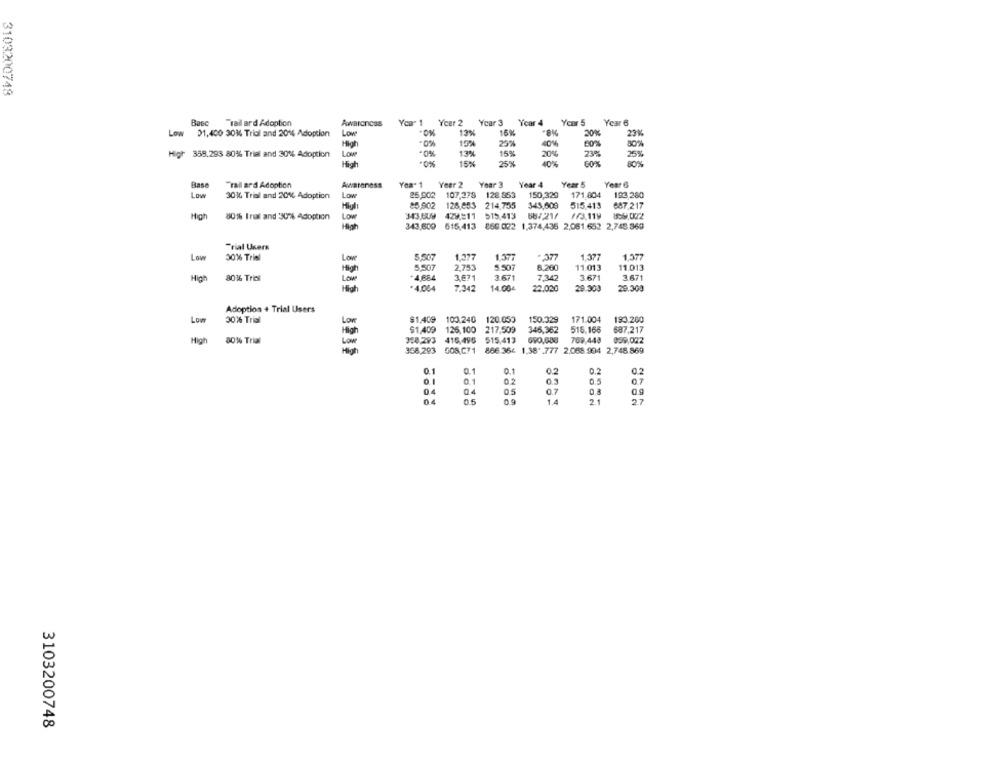
3103200748
Base "vall ard Adoption
Awareness
Yea- 1
Ycer 2
Year 3
Ycar 4
Ycar 5
Year 6
Low 01,400 30% Trial and 2014 Adoption
Low
13%
15%
20%
23%
High
40%
50%
80%
Low
·0%
13%
15%
20%%
73%
25%
High 358,293 80%% Trial and 30% Adoption
High
15%
25%
40%
60%
80%
Trall ard Adoption
Yes" 1
Year 2
Year 3
Year 4
Year 5
Year 6
Base
Awareness
Low
30% Trial and 20% Adoption
Low
25,002
107.278
128 853
150,329
171.804
193.280
85,902
128.853
214,755
$45,609
515 413
687,217
428 .= 11
High
80% Inal and 30% Adoption
Low
343,609
515.413
68/21/
f/3.119
859.022
Hlah
343,600
615,413
860.022 1,374,435 2,061.652 2,745.860
Trial Users
Low
30% Trial
Low
5.507
1.377
1377
. 377
1.377
1.377
5,507
2.753
5.507
6.260
11.013
11.013
High
8016 Trial
Low
+4,684
3.671
3.671
7.342
3.671
3.671
*4,004
7.342
14.004
22.020
29.303
29.300
Adoption + Trial Users
Low
30% Trial
Low
$1.409
100.240 120.053
150.329
171.004
193.200
217,509
High
$1,409
126,100
346,362
516,166
687,217
High
80% Trial
Low
328,293
416,496
515,413
690,688
709,448
959,002
366,293
508.C71
866.364 1,38* . 777 2.068.904 2,748.869
0.1
0.1
0.1
0.2
02
03
0.5
07
0.5
07
0.3
14
2.1
27
3103200748